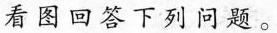
看图回答下列问题.